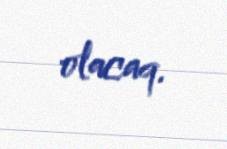
olacaq.